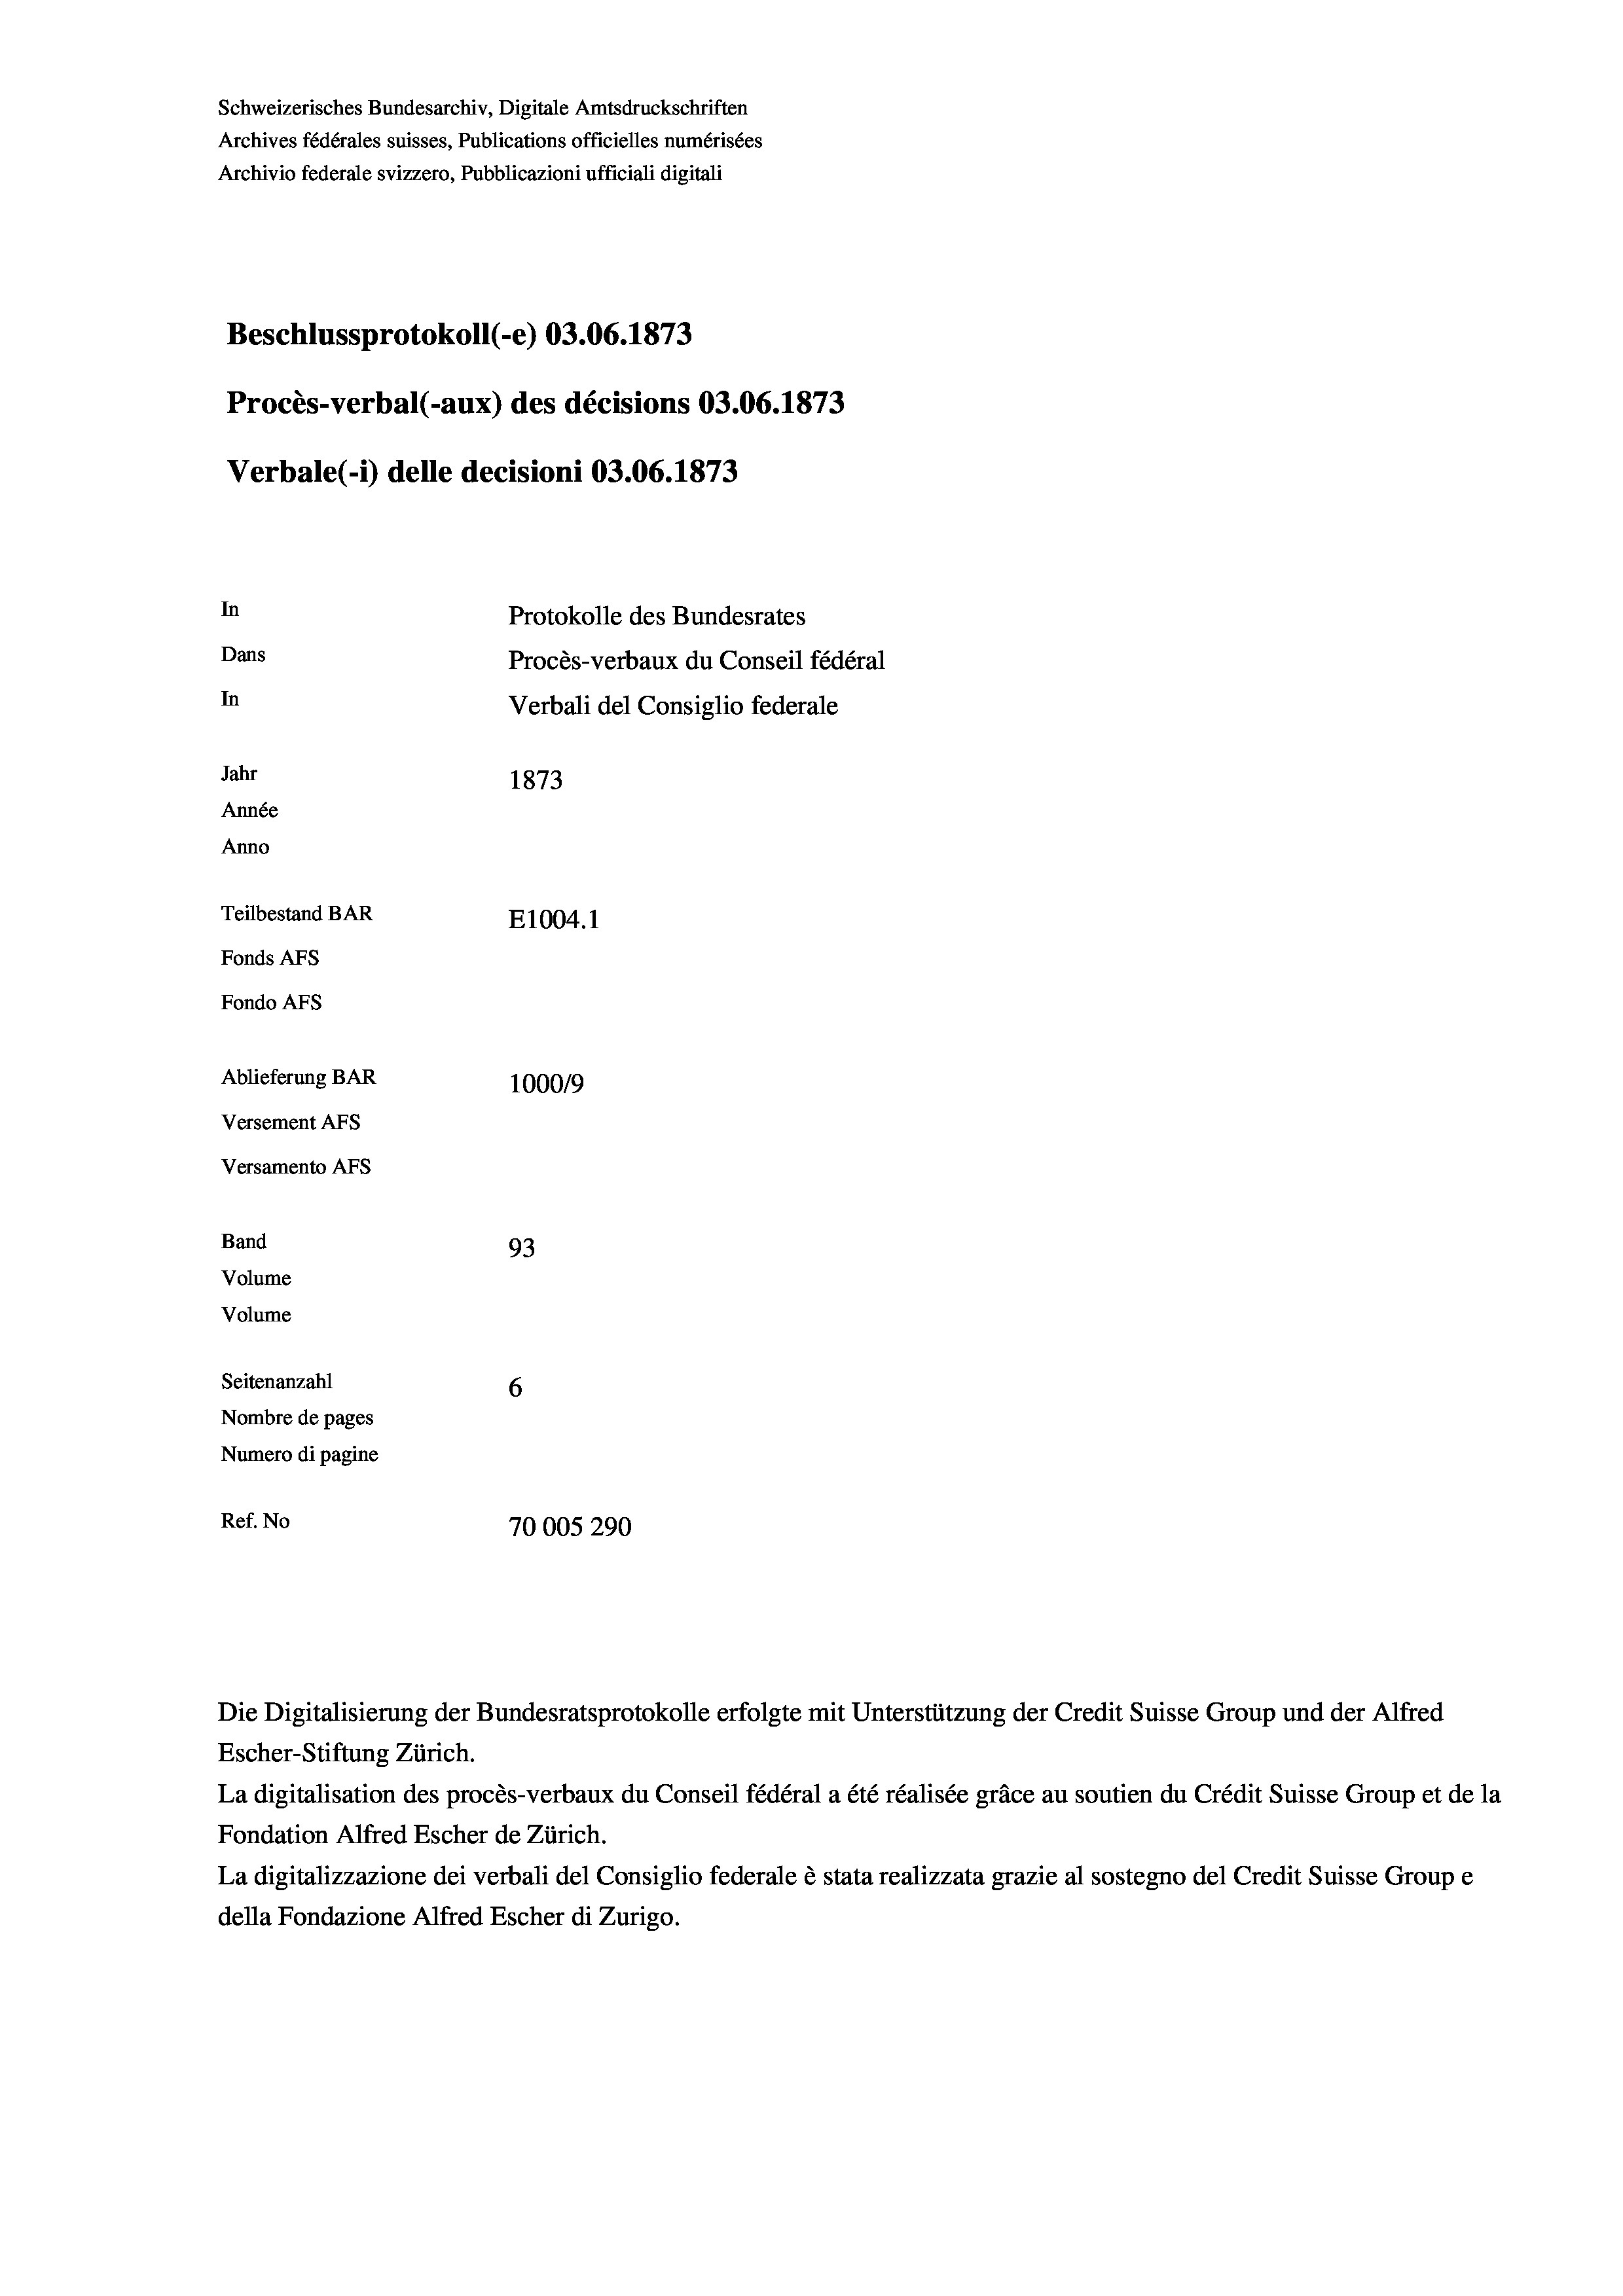
Schweizerisches Bundesarchiv, Digitale Amtsdruckschriften
Archives fédérales suisses, Publications officielles numérisées
Archivio federale svizzero, Pubblicazioni ufficiali digitali
Beschlussprotokoll (-e) 03.06. 1873
Procès-verbal (-aux) des décisions 03.06. 1873
Verbale (1) delle decisioni 03.06. 1873
In
Protokolle des Bundesrates
Dans
Procès-verbaux du Conseil fédéral
In
Verbali del Consiglio federale
Jahr
1873
Année
Anno
Teilbestand BAR
E1004. 1
Fonds Afs
Fondo AFs
Ablieferung BAR
100019
Versement AFS
Versamento Afs
Band
93
Volume
Volume
Seitenanzahl
6
Nombre de pages
Numero di pagine
Ref. No
70005290

Escher-Stiftung Zürich.
La digitalisation des procès-verbaux du Conseil fédéral a été réalisée gräce au soutien du Crédit Suisse Group et de la
Fondation Alfred Escher de Zürich.
La digitalizzazione dei verbali del Consiglio federale è stata realizzata grazie al sostegno del Credit Suisse Groupe
della Fondazione Alfred Escher di Zurigo.

Die Digitalisierung der Bundesratsprotokolle erfolgte mit Unterstützung der Credit Suisse Group und der Alfred